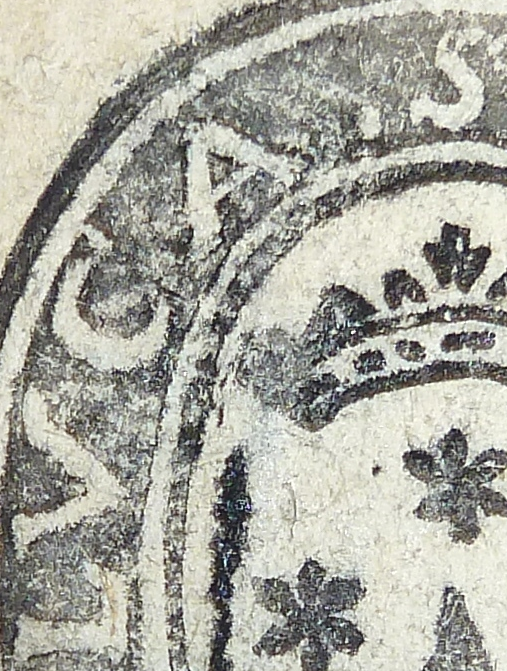
LVCA.S